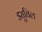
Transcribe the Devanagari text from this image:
ड्युविल